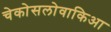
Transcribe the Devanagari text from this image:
चेकोसलोवाकिआ